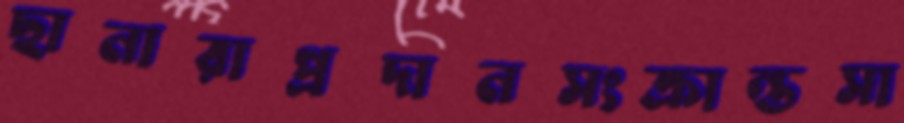
ছানারাপ্রদানসংক্রান্তসা